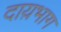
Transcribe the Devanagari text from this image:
दाय़भाग